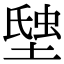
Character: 𧋗